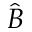
\hat { B }